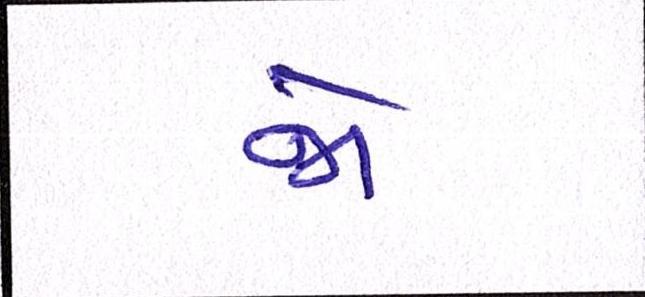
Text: જો